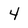
Character: 4